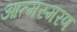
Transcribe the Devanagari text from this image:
आत्मस्मरण